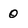
Character: 0